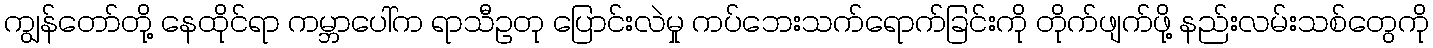
ကျွန်တော်တို့ နေထိုင်ရာ ကမ္ဘာပေါ်က ရာသီဥတု ပြောင်းလဲမှု ကပ်ဘေးသက်ရောက်ခြင်းကို တိုက်ဖျက်ဖို့ နည်းလမ်းသစ်တွေကို